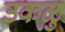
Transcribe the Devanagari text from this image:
उकळु